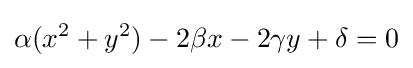
\alpha (x^{2}+y^{2})-2\beta x-2\gamma y+\delta =0